Civil Veterinary Department Bihar & Orissa reports 1929-36 - 1929-1936
Year: 1929
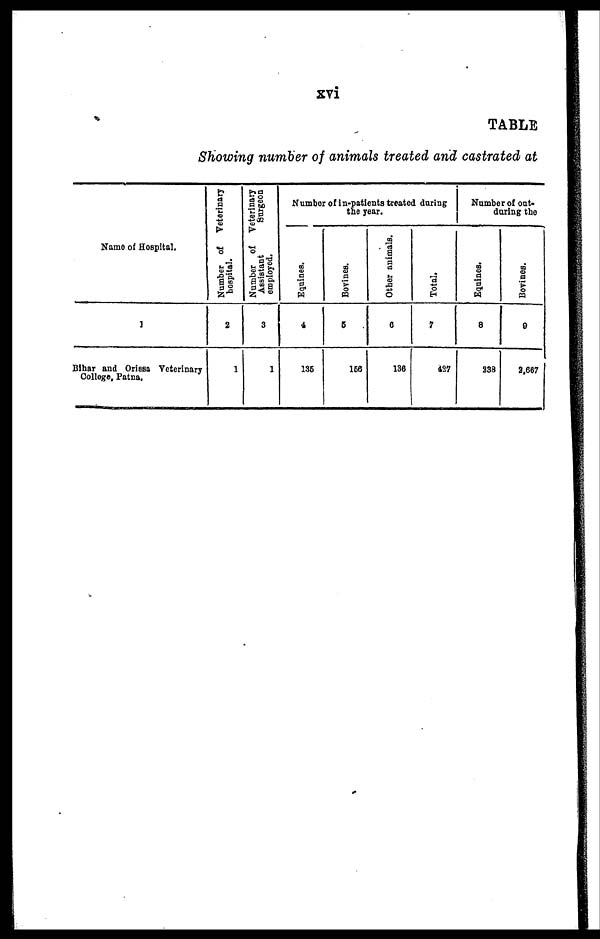
xvi
TABLE
Showing number of animals treated and castrated at
Name of Hospital,
1
Bihar and Orissa Veterinary
College, Patna.
Number of Veterinary
hospital.
2
1
Number of Veterinary
Assistant
Surgeon
employed.
3
1
Number of in-patients treated during
the year.
Equines.
4
135
Bovines.
5
156
Other animals.
6
136
Total.
7
427
Number of out-
during the
Equines.
8
238
Bovines.
9
2,667